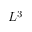
L ^ { 3 }